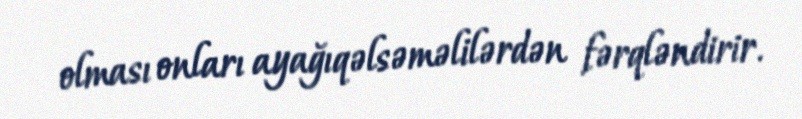
olması onları ayağıqəlsəməlilərdən fərqləndirir.